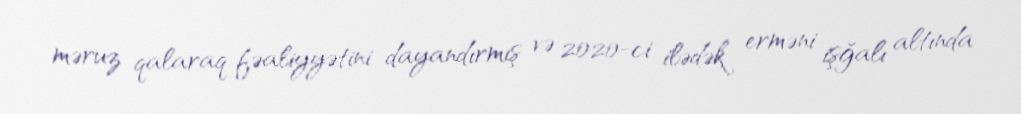
məruz qalaraq fəaliyyətini dayandırmış və 2020-ci ilədək erməni işğalı altında